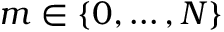
m \in \{ 0 , \ldots , N \}